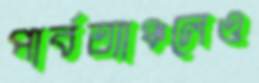
পার্বত্যাঞ্চলেও